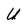
Character: U